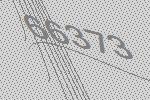
66373